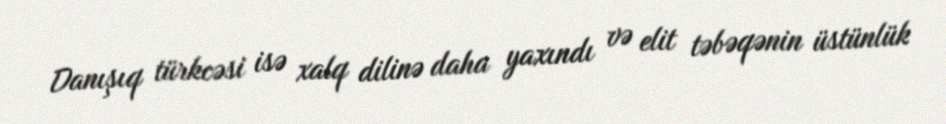
Danışıq türkcəsi isə xalq dilinə daha yaxındı və elit təbəqənin üstünlük